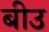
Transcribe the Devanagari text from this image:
बीउ